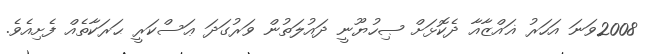
2008ވަނަ އަހަރު ޣައްޒާއާ ދެކޮޅަށް ޞިހުޔޫނީ ދައުލަތުން ވަރުގަދަ ޢަސްކަރީ ޙަރަކާތެއް ފެށިއެވެ.